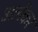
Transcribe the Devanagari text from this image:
अलेंकर